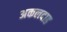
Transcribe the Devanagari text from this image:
अकलदाढ